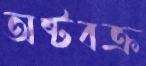
অষ্টবক্র